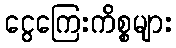
ငွေကြေးကိစ္စများ